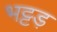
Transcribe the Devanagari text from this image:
भट्टड़